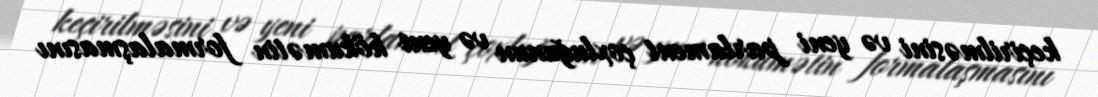
keçirilməsini və yeni parlament çoxluğunun və yeni hökumətin formalaşmasını